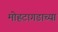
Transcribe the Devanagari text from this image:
मोहटागडाच्या